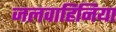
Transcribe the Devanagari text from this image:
जलवाहिनिया